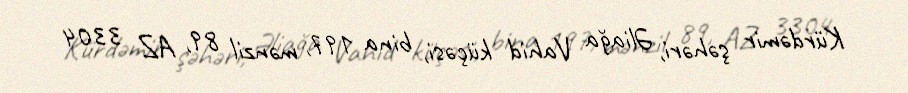
Kürdəmir şəhəri, Əliağa Vahid küçəsi, bina 197, mənzil 89, AZ 3304